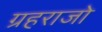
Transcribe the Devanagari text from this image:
ग्रहराजो